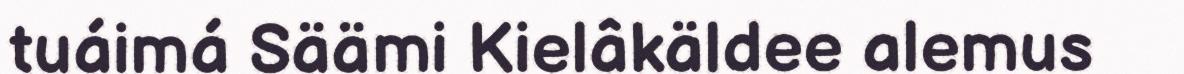
tuáimá Säämi Kielâkäldee alemus